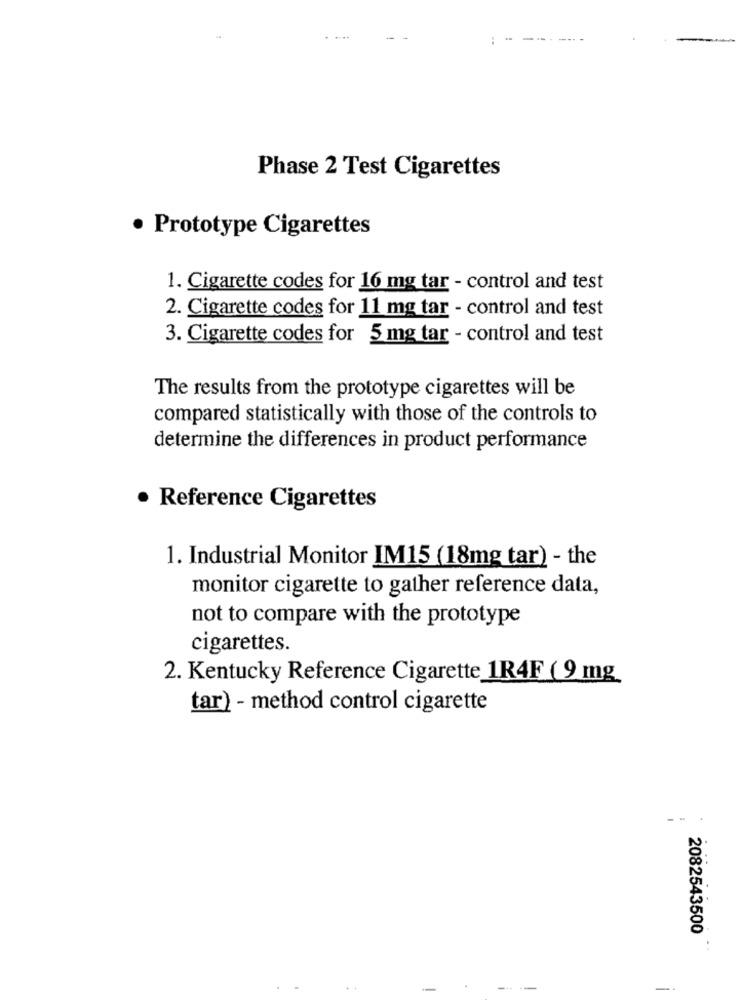
:--
..
Phase 2 Test Cigarettes
· Prototype Cigarettes
1. Cigarette codes for 16 mg tar - control and test
2. Cigarette codes for 11 mg tar - control and test
3. Cigarette codes for 5 mg tar - control and test
The results from the prototype cigarettes will be
compared statistically with those of the controls to
determine the differences in product performance
Reference Cigarettes
1. Industrial Monitor IM15 (18mg tar) - the
monitor cigarette to gather reference data,
not to compare with the prototype
cigarettes.
2. Kentucky Reference Cigarette 1R4F ( 9 mg
tar) - method control cigarette
2082543500
-.